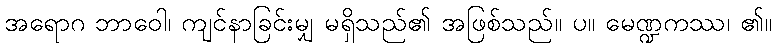
အရောဂ ဘာဝေါ၊ ကျင်နာခြင်းမျှ မရှိသည်၏ အဖြစ်သည်။ ပ။ မေဏ္ဍကဿ၊ ၏။